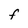
Character: F